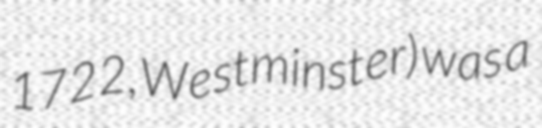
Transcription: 1722, Westminster) was a